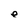
Character: e